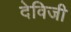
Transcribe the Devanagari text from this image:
देविजी